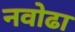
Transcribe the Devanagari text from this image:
नवोढा